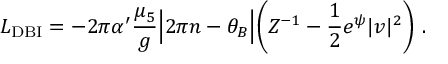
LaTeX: { \cal L } _ { \mathrm { D B I } } = - 2 \pi \alpha ^ { \prime } \frac { \mu _ { 5 } } { g } \Bigl | 2 \pi n - \theta _ { B } \Bigr | \biggl ( Z ^ { - 1 } - \frac { 1 } { 2 } e ^ { \psi } | v | ^ { 2 } \biggr ) \ .